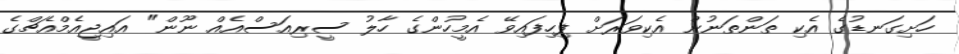
ހަށިގަނޑުގެ އެކި ތަންތަނުން އެކިވަރަށް ފިހިފައިވޭ އެމީހުންގެ ހާލު ސީރިއަސްއެއް ނޫން" އައިޖީއެމްއެޗްގެ